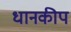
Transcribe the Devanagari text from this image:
धानकीप